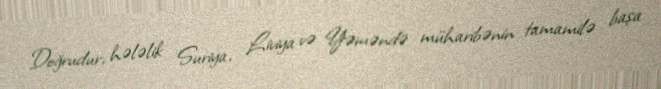
Doğrudur, hələlik Suriya, Liviya və Yəməndə müharibənin tamamilə başa